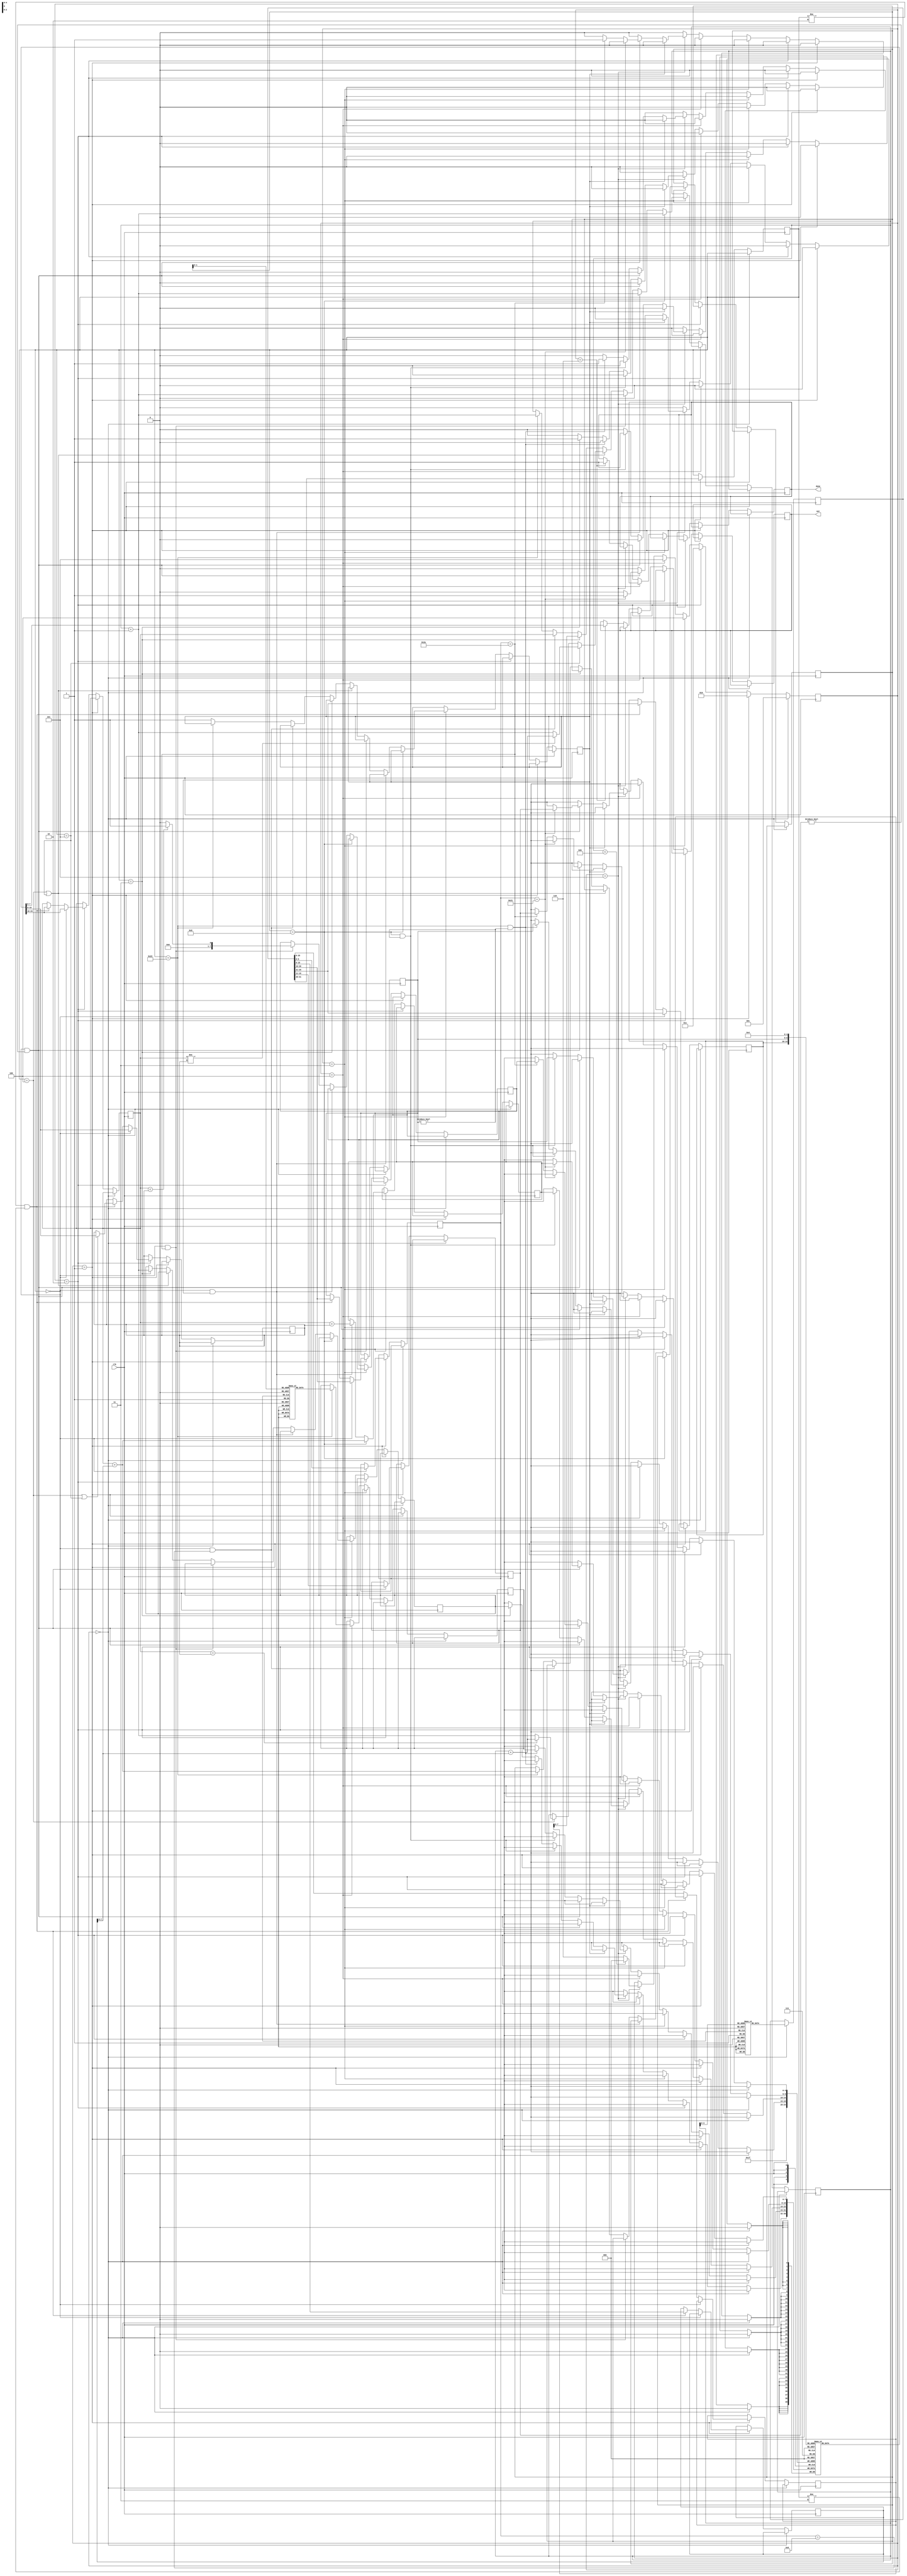
`define MAX_PC 11
`define OUTPUT_REG 4
module main(clk, done, out);
    input clk;
    reg [2:0] state = 0;
    reg [31:0] curr_inst;
    reg [5:0] curr_opcode;
    reg [4:0] curr_rd;
    reg [4:0] curr_rs;
    reg [4:0] curr_rt;
    reg [4:0] curr_shft;
    reg signed [15:0] curr_imd;
    reg [5:0] curr_func;
    reg [25:0] curr_jt;
    reg [7:0] readVal1;
    reg [7:0] readVal2;
    reg [7:0] readRow;
    reg invalid = 0; // invalid = 0 means it is valid.
    reg [7:0] temp_sum;
    reg [7:0] temp_link;
    reg [7:0] temp_slt;
    reg [7:0] temp_address;
    output reg done = 0;
    output reg [7:0] out;
    reg signed [7:0] data_mem[0:2];
    reg signed [7:0] registers[0:31];
    reg [7:0] pc= 0;
    reg [31:0] instruction_mem[0:10];
    initial begin
      data_mem[0] = 8'b11101100; //a = -20
      data_mem[1] = 8'b00001010; //b = 10
      data_mem[2] = 8'b00000010; //c = 2
    end
    initial begin
        instruction_mem[0]=32'b10001100000000010000000000000000;
        instruction_mem[1]=32'b10001100000000100000000000000001;
        instruction_mem[2]=32'b10001100000000110000000000000010;
        instruction_mem[3]=32'b00100100000001000000000000000000;
        instruction_mem[4]=32'b00100100001001010000000000000000;
        instruction_mem[5]=32'b00000000101000100011000000101010;
        instruction_mem[6]=32'b00010000000001100000000000000101;
        instruction_mem[7]=32'b00000000100001010010000000100001;
        instruction_mem[8]=32'b00000000101000110010100000100001;
        instruction_mem[9]=32'b00000000101000100011000000101010;
        instruction_mem[10]=32'b00010100000001101111111111111101;
    end
    initial begin
        registers[0]=8'b0;
        registers[1]=8'b0;
        registers[2]=8'b0;
        registers[3]=8'b0;
        registers[4]=8'b0;
        registers[5]=8'b0;
        registers[6]=8'b0;
        registers[7]=8'b0;
        registers[8]=8'b0;
        registers[9]=8'b0;
        registers[10]=8'b0;
        registers[11]=8'b0;
        registers[12]=8'b0;
        registers[13]=8'b0;
        registers[14]=8'b0;
        registers[15]=8'b0;
        registers[16]=8'b0;
        registers[17]=8'b0;
        registers[18]=8'b0;
        registers[19]=8'b0;
        registers[20]=8'b0;
        registers[21]=8'b0;
        registers[22]=8'b0;
        registers[23]=8'b0;
        registers[24]=8'b0;
        registers[25]=8'b0;
        registers[26]=8'b0;
        registers[27]=8'b0;
        registers[28]=8'b0;
        registers[29]=8'b0;
        registers[30]=8'b0;
        registers[31]=8'b0;
    end
    always @(posedge clk) begin
        if (state == 0) begin
            curr_inst <= instruction_mem[pc];
            state <= 1;
        end
        else if (state == 1) begin
            curr_opcode <= curr_inst[31:26];
            #1
            if (curr_opcode == 0) begin
              curr_rs <= curr_inst[25:21];
              curr_rt <= curr_inst[20:16];
              curr_rd <= curr_inst[15:11];
              curr_shft <= curr_inst[10:6];
              curr_func <= curr_inst[5:0];
            end
            else if (curr_opcode != 2 & curr_opcode != 3) begin
              curr_rs <= curr_inst[25:21];
              curr_rt <= curr_inst[20:16];
              curr_imd <= curr_inst[15:0];
            end
            else begin
              curr_jt <= curr_inst[25:0];
            end
            state <= 2;
        end
        else if (state == 2) begin
            if (curr_opcode == 0) begin
              readVal1 <= registers[curr_rs];
              readVal2 <= registers[curr_rt];
            end
            else if (curr_opcode != 2 & curr_opcode != 3) begin
              readVal1 <= registers[curr_rs];

              if (curr_opcode == 4 | curr_opcode == 5) begin
                readVal2 <= registers[curr_rt];
              end
            end
            state <= 3;
        end
        else if (state == 3) begin
            if(curr_opcode == 9) begin
              temp_sum <= readVal1 + curr_imd[7:0];
              pc <= pc + 1;
            end
            else if (curr_opcode == 0 && curr_func == 33) begin
              temp_sum <= readVal1 + readVal2;
              pc <= pc + 1;
            end
            else if (curr_opcode == 0 && curr_func == 42) begin
              if ($signed (readVal1) < $signed(readVal2)) begin
                temp_slt <= 1;
              end
              else begin
                temp_slt <= 0;
              end
              pc <= pc + 1;
            end
            else if (curr_opcode == 4 || curr_opcode == 5) begin
              if (curr_opcode == 4) begin
                if (readVal1 == readVal2) begin
                  pc <= pc + curr_imd[7:0];
                end
                else begin
                  pc <= pc + 1;
                end
              end
              if (curr_opcode == 5) begin
                if (readVal1 != readVal2) begin
                  pc <= pc + curr_imd[7:0];
                end
                else begin
                  pc <= pc + 1;
                end
              end
            end 
            else if (curr_opcode == 3) begin
              temp_link <= pc + 1;
              pc <= curr_jt[7:0];
            end
            else if (curr_opcode == 0 && curr_func == 8) begin
              pc <= readVal1;
            end
            else if (curr_opcode == 35) begin
              temp_address <= readVal1 + curr_imd[7:0];
              pc <= pc + 1;
            end
            else begin
                invalid <= 1;
            end
            state <= 4;
        end
        else if (state == 4) begin
          if (curr_opcode == 35) begin
            readRow <= data_mem[temp_address];
          end
          state <= 5;
        end
        else if (state == 5) begin
            if(invalid == 0) begin
                if (curr_opcode == 0 & curr_rd != 0) begin
                  if (curr_func == 33) begin
                    registers[curr_rd] <= temp_sum;
                  end
                  else if (curr_func == 42) begin
                    registers[curr_rd] <= temp_slt;
                  end
                end
                else if (curr_opcode == 9 & curr_rt != 0) begin
                  registers[curr_rt] <= temp_sum;
                end
                else if (curr_opcode == 35 & curr_rt != 0) begin
                    registers[curr_rt] <= readRow;
                end
                else if (curr_opcode == 3) begin
                  registers[31] <= temp_link;
                end
            end
            if(pc < `MAX_PC) begin
                state <= 0;
            end
            else begin
                state <= 6;
            end
        end
        else if (state == 6) begin
            out <= registers[`OUTPUT_REG];
            done <= #1 1;
        end
    end
endmodule